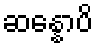
ဆန္နောပိ